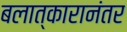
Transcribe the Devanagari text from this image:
बलात्कारानंतर